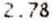
2.78